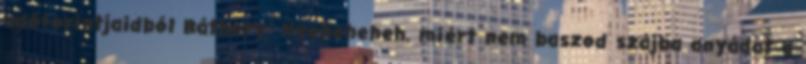
adóforintjaidból Báthory: Nyeheheheh. miért nem baszod szájba anyádat a